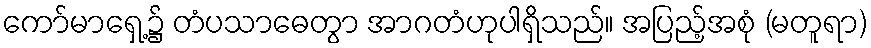
ကော်မာရှေ့၌ တံပသာဓေတွာ အာဂတံဟုပါရှိသည်။ အပြည့်အစုံ (မတူရာ)